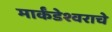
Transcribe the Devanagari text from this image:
मार्कंडेश्वराचे